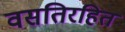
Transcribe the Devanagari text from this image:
वसतिरहित